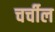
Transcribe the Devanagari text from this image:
चर्चील